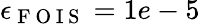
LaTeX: \epsilon_{\mathrm{~F~O~I~S~}}=1e-5